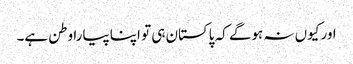
اور کیوں نہ ہوگے کہ پاکستان ہی تو اپنا پیارا وطن ہے۔